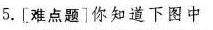
5.[难点题]你知道下图中